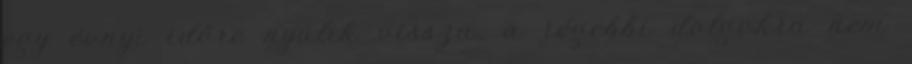
egy évnyi időre nyúlik vissza, a régebbi dolgokra nem